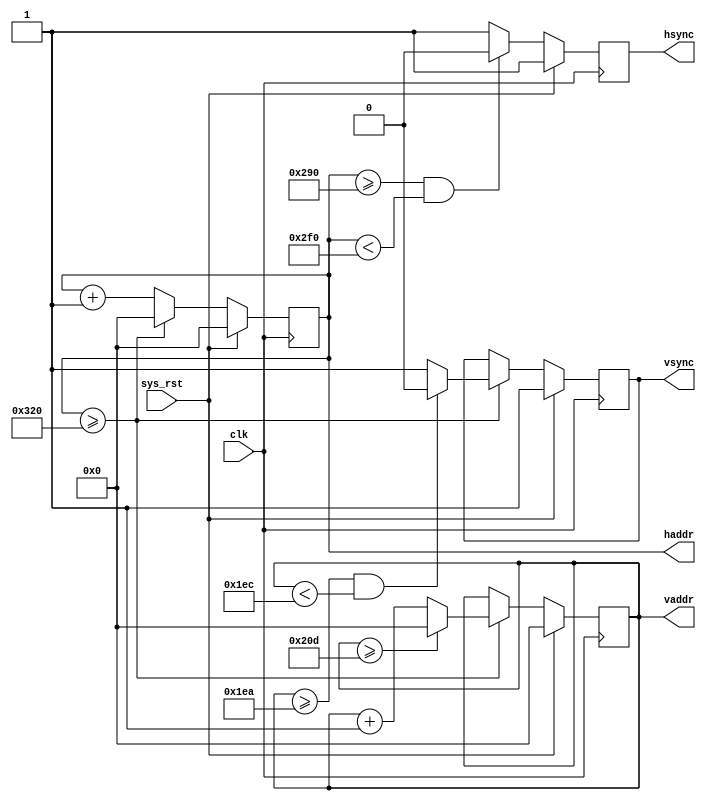
//SPDX-FileCopyrightText: 2021 Ethan Polcyn & Anish Singhani
//
// Licensed under the Apache License, Version 2.0 (the "License");
// you may not use this file except in compliance with the License.
// You may obtain a copy of the License at
//
//      http://www.apache.org/licenses/LICENSE-2.0
//
// Unless required by applicable law or agreed to in writing, software
// distributed under the License is distributed on an "AS IS" BASIS,
// WITHOUT WARRANTIES OR CONDITIONS OF ANY KIND, either express or implied.
// See the License for the specific language governing permissions and
// limitations under the License.
// SPDX-License-Identifier: Apache-2.0
`default_nettype none

// Generate VGA timings and address/sync signals
module vga (
    output reg [9:0] vaddr,
    output reg [9:0] haddr,
    output reg vsync,
    output reg hsync,

    input wire sys_rst,
    input wire clk
);

always @(posedge clk) begin
    if (sys_rst) begin
        vaddr <= 0;
        haddr <= 0;

        vsync <= 1;
        hsync <= 1;
    end
    else begin
        hsync <= 1;
        haddr <= haddr + 1;

        // Horizontal sync region
        if (haddr >= 656 && haddr < 752) begin
            hsync <= 1'b0;
        end
        
        // End of row
        if (haddr >= 800) begin
            haddr <= 0;
            vaddr <= vaddr + 1;

            // Vertical sync region
            if (vaddr >= 490 && vaddr < 492) begin
                vsync <= 0;
            end
            else begin
                vsync <= 1;
            end
            
            // End of frame
            if (vaddr >= 525) begin
                vaddr <= 0;
            end
        end
    end
end

endmodule